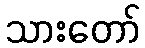
သားတော်